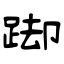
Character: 踋